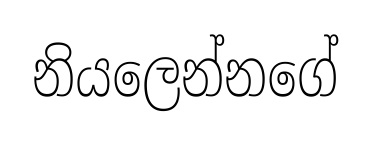
නියලෙන්නගේ